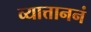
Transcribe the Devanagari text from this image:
व्यात्ताननं